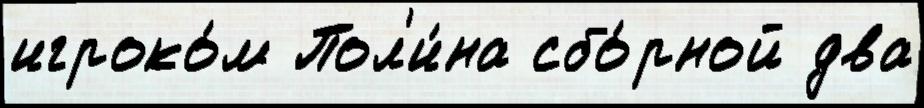
игроко́м Пол'и́на сбо́рной два